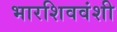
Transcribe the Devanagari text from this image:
भारशिववंशी